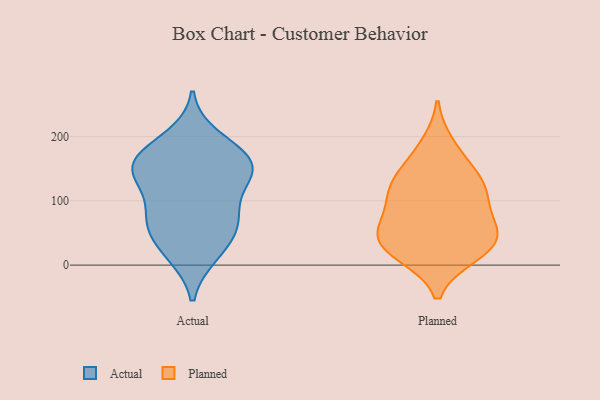
{"axis": {"x": "Waste Production (Tons)", "y": "Value"}, "legend": ["Actual", "Planned"], "data": [{"x": "", "y": 129, "type": "Actual"}, {"x": "", "y": 64, "type": "Actual"}, {"x": "", "y": 69, "type": "Actual"}, {"x": "", "y": 152, "type": "Actual"}, {"x": "", "y": 76, "type": "Actual"}, {"x": "", "y": 176, "type": "Actual"}, {"x": "", "y": 132, "type": "Actual"}, {"x": "", "y": 199, "type": "Actual"}, {"x": "", "y": 172, "type": "Actual"}, {"x": "", "y": 83, "type": "Actual"}, {"x": "", "y": 19, "type": "Actual"}, {"x": "", "y": 142, "type": "Actual"}, {"x": "", "y": 46, "type": "Actual"}, {"x": "", "y": 16, "type": "Actual"}, {"x": "", "y": 156, "type": "Actual"}, {"x": "", "y": 157, "type": "Actual"}, {"x": "", "y": 158, "type": "Planned"}, {"x": "", "y": 40, "type": "Planned"}, {"x": "", "y": 121, "type": "Planned"}, {"x": "", "y": 52, "type": "Planned"}, {"x": "", "y": 126, "type": "Planned"}, {"x": "", "y": 53, "type": "Planned"}, {"x": "", "y": 107, "type": "Planned"}, {"x": "", "y": 124, "type": "Planned"}, {"x": "", "y": 84, "type": "Planned"}, {"x": "", "y": 16, "type": "Planned"}, {"x": "", "y": 187, "type": "Planned"}, {"x": "", "y": 26, "type": "Planned"}, {"x": "", "y": 18, "type": "Planned"}, {"x": "", "y": 55, "type": "Planned"}]}